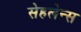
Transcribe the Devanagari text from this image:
सेहलेन्स